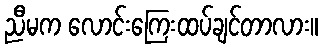
ညီမက လောင်းကြေးထပ်ချင်တာလား။